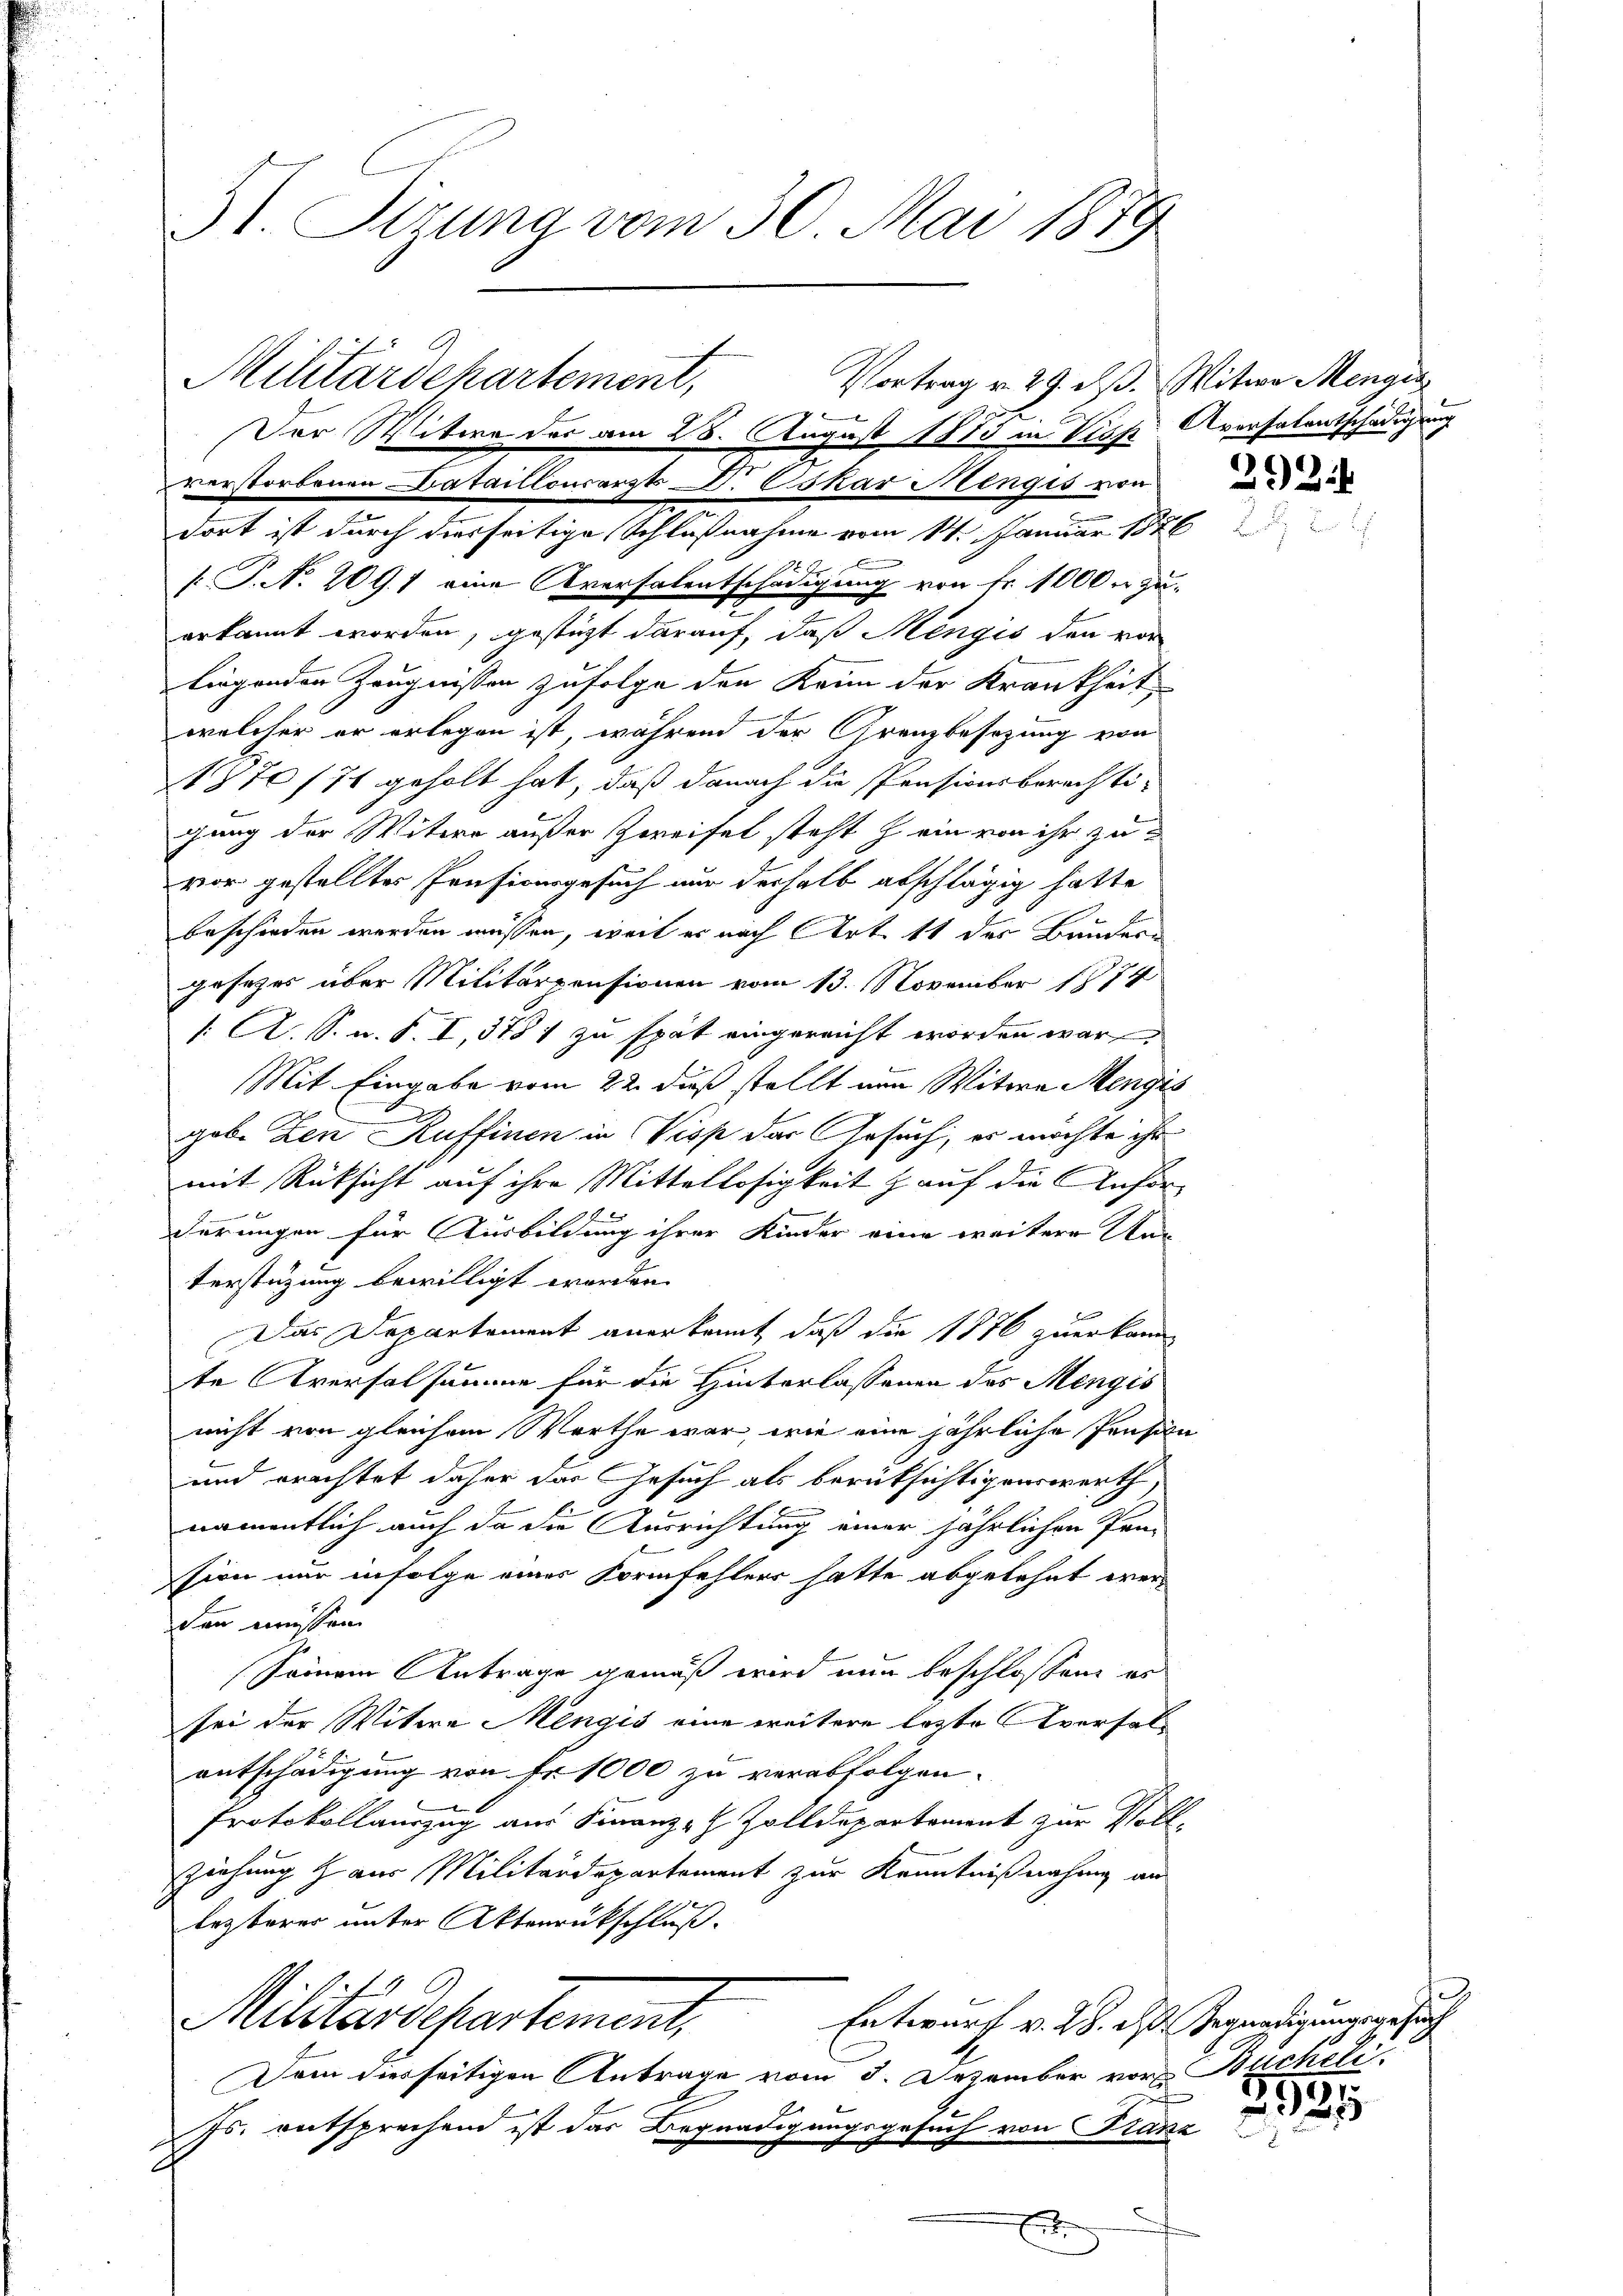
31. Sizung vom 30. Mai 1879

Militärdepartement,
Vortrag v. 29. d.

Der Witwe der am 28. August 1883 in Vieh Aversalentschädigung
verstorbenen Bataillonsarzt. Oskar Menges von

dort ist durch diesseitige Schlußnahme vom 11. Januar 1876
A
[P.NNo. 2091 eine Aversalentschädigung von Fr. 1000 zu
erkannt worden, gestüzt darauf, daß Mengis den vor
liegenden Zeugnissen zufolge den Kann der Krankheit
welcher er erlegen ist, während der Grenzbesezung von
1770/71 geholt hat, daß danach die Pensionsberechti-
gung der Witwe außer Zweifel steht ein von ihr zu
vor gestellter Pensionsgesuch nur deshalb abschlägig hatte
beschieden werden müssen, weil er nach Art. 11 des Baudern
gesezes über Militärpensionen vom 13. November 1874
/. A. S. u. S. I, 3781 zu spät eingereicht worden war
Mit Eingabe vom 22. dieß stellt nun Witwe Mengis
h
gabe Den Ruffinen in Visp der Gesuch, es möchte ihr
mit Rücksicht auf ihre Mittellosigkeit auf die Anforderungen für Ausbildung ihrer Kinder eine weitere Neterstüzung bewilligt worden.
Das Departement anerkannt, daß die 1876 zuerkann
te Aversalsumme für die Hinterlassenen des Mengis
nicht von gleichem Werthe war wie eine jährliche Pension
und erachtet daher das Gesuch als berüksichtigenswerth,
namentlich auch da die Ausrichtung einer jährlichen Pen-
sion nur infolge eines Formfehlers hatte abgelehnt werdann müssen
semann Antrage gemäß wird nun beschlossene es
sei der Witwe Mengis eine weitere lezte Aversalentschädigung von Fr. 1000 zu verabfolgen.
Protokollauszug aus Finanz- & Zolldepartement zur Voll¬
Ziehung & aus Militärdepartement zur Kenntnißnahme an
lezterer unter Aktenrückschluß.
Militärdepartement,
Entwurf v. 28. d. Gegnadigungsgesuch
Dem diesseitigen Antrage vom 3. Dezember vor Bucheli
Js. entsprechend ist das Begnadigungsgesuch von Franz
E

Mitwe Mengig

21